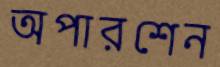
অপারশেন